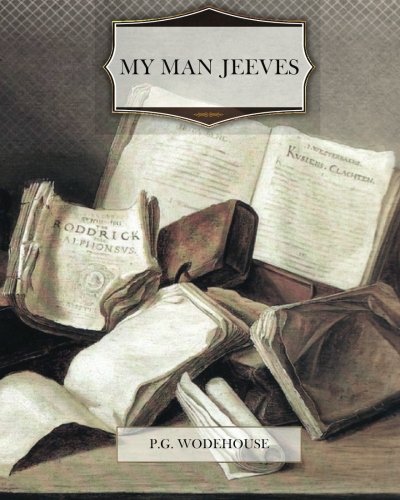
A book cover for My Man Jeeves; P. G. Wodehouse; Literature & Fiction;